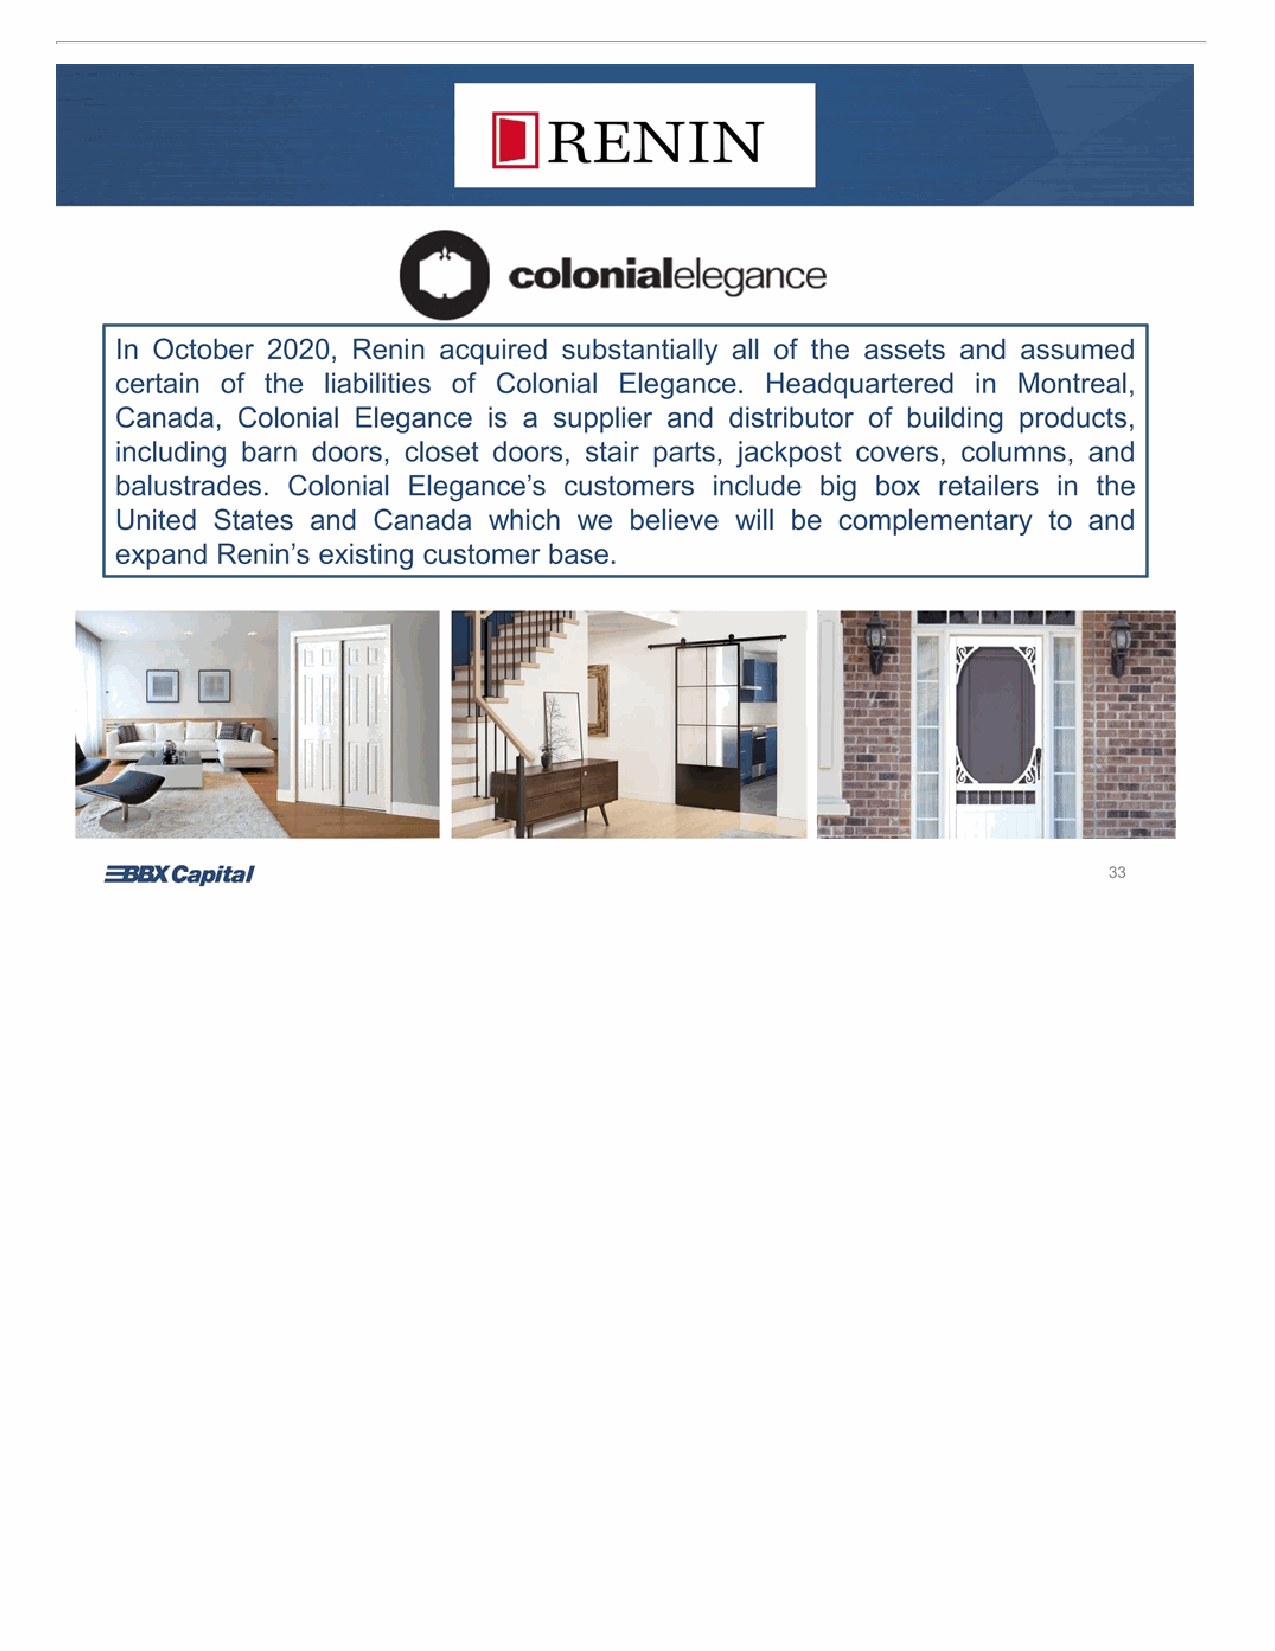
In October 2020, Renin acquired substantially all of the assets and assumed certain of the liabilities of Colonial Elegance. Headquartered in Montreal, Canada, Colonial Elegance is a supplier and distributor of building products, including barn doors, closet doors, stair parts, jackpost covers, columns, and balustrades. Colonial Elegance’s customers include big box retailers in the United States and Canada which we believe will be complementary to and expand Renin’s existing customer base. 33